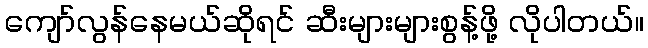
ကျော်လွန်နေမယ်ဆိုရင် ဆီးများများစွန့်ဖို့ လိုပါတယ်။